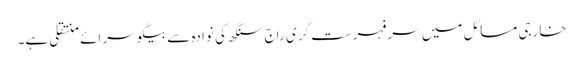
خارجی مسائل میں سر فہرست گری راج سنگھ کی نوادہ سے بیگو سرائے منتقلی ہے۔